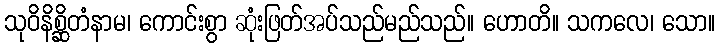
သုဝိနိစ္ဆိတံနာမ၊ ကောင်းစွာ ဆုံးဖြတ်အပ်သည်မည်သည်။ ဟောတိ။ သကလေ၊ သော။